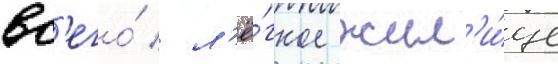
вс'его́ / л'ё́гкое жил'и́ще